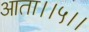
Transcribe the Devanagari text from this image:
आता।।५।।